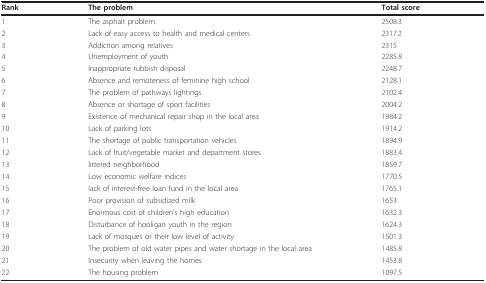
<table><thead><tr><td><b>Rank</b></td><td><b>The problem</b></td><td><b>Total score</b></td></tr></thead><tbody><tr><td>1</td><td>The asphalt problem</td><td>2508.3</td></tr><tr><td>2</td><td>Lack of easy access to health and medical centers</td><td>2317.2</td></tr><tr><td>3</td><td>Addiction among relatives</td><td>2315</td></tr><tr><td>4</td><td>Unemployment of youth</td><td>2285.8</td></tr><tr><td>5</td><td>Inappropriate rubbish disposal</td><td>2248.7</td></tr><tr><td>6</td><td>Absence and remoteness of feminine high school</td><td>2128.1</td></tr><tr><td>7</td><td>The problem of pathways lightings</td><td>2102.4</td></tr><tr><td>8</td><td>Absence or shortage of sport facilities</td><td>2004.2</td></tr><tr><td>9</td><td>Existence of mechanical repair shop in the local area</td><td>1984.2</td></tr><tr><td>10</td><td>Lack of parking lots</td><td>1914.2</td></tr><tr><td>11</td><td>The shortage of public transportation vehicles</td><td>1894.9</td></tr><tr><td>12</td><td>Lack of fruit/vegetable market and department stores</td><td>1883.4</td></tr><tr><td>13</td><td>littered neighborhood</td><td>1859.7</td></tr><tr><td>14</td><td>Low economic welfare indices</td><td>1770.5</td></tr><tr><td>15</td><td>lack of interest-free loan fund in the local area</td><td>1765.1</td></tr><tr><td>16</td><td>Poor provision of subsidized milk</td><td>1653</td></tr><tr><td>17</td><td>Enormous cost of children&#x27;s high education</td><td>1632.3</td></tr><tr><td>18</td><td>Disturbance of hooligan youth in the region</td><td>1624.3</td></tr><tr><td>19</td><td>Lack of mosques or their low level of activity</td><td>1501.3</td></tr><tr><td>20</td><td>The problem of old water pipes and water shortage in the local area</td><td>1485.8</td></tr><tr><td>21</td><td>Insecurity when leaving the homes</td><td>1453.8</td></tr><tr><td>22</td><td>The housing problem</td><td>1097.5</td></tr></tbody></table>